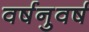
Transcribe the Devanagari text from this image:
वर्षनुवर्ष